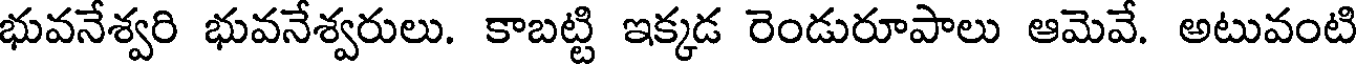
భువనేశ్వరి భువనేశ్వరులు. కాబట్టి ఇక్కడ రెండురూపాలు ఆమెవే. అటువంటి